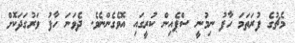
މެޗުގެ ފުރަތަމަ ހާފު ނިމުނީ ސްޕެއިން ކުރީގައި އޮވެގެންނެވެ. ދެވަނަ ހާފު ވަރުގަދަކޮށް